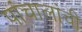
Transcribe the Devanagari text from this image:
पांचालांची